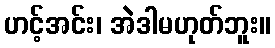
ဟင့်အင်း၊ အဲဒါမဟုတ်ဘူး။